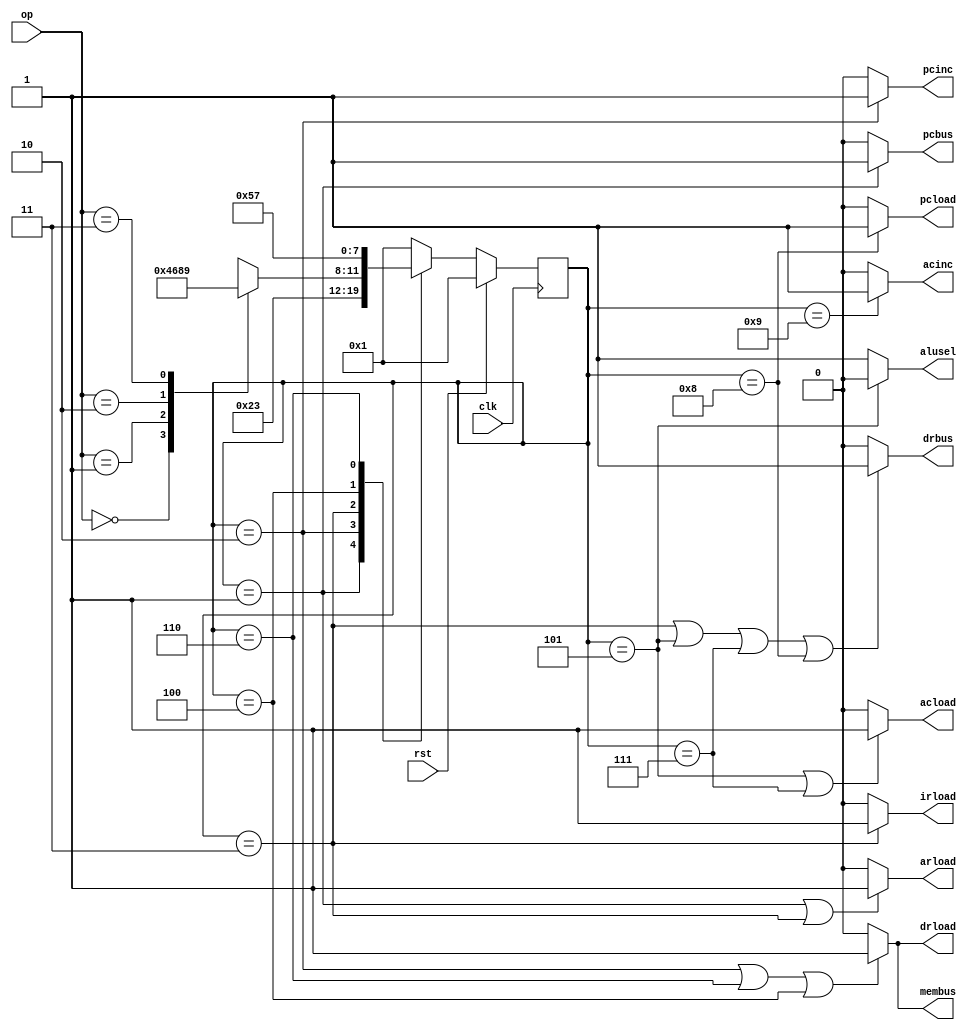
`define FETCH1 1
`define FETCH2 2
`define FETCH3 3
`define ADD1 4
`define ADD2 5
`define AND1 6
`define AND2 7
`define JMP1 8
`define INC1 9
`define OP_ADD 2'd0
`define OP_AND 2'd1
`define OP_JMP 2'd2
`define OP_INC 2'd3

module controller(clk,rst,op,
  membus,
  arload,
  pcload,pcinc,pcbus,
  drload,drbus,
  alusel,
  acload,acinc,
  irload);
  
  input clk,rst;
  input [1:0] op;
  
  output membus,
  arload,
  pcload,pcinc,pcbus,
  drload,drbus,
  alusel,
  acload,acinc,
  irload;
 
  
  reg [3:0] state,nstate;
  
  assign membus = (state == `FETCH2 || state == `AND1 || state == `ADD1)?1:0;
  assign arload = (state == `FETCH1 || state == `FETCH3 )?1:0;
  assign pcload = (state == `JMP1 )?1:0;
  assign pcinc = (state == `FETCH2 )?1:0;
  assign pcbus= (state == `FETCH1 )?1:0;
  assign drload= (state == `FETCH2 || state == `AND1 || state == `ADD1)?1:0;
  assign drbus = (state == `FETCH3 || state == `ADD2 || state == `AND2|| state == `JMP1)?1:0;
  assign alusel = (state == `ADD2 )?0:1;
  assign acload = (state == `ADD2 || state == `AND2)?1:0;
  assign acinc = (state == `INC1)?1:0;
  assign irload = (state == `FETCH3 )?1:0;
  
  always @(posedge clk)
  begin
    if(rst)
      state = `FETCH1;
    else
      state = nstate;
  end
  
  always @(state )
  begin
    case(state)
      `FETCH1:  nstate = `FETCH2;
      `FETCH2:  nstate = `FETCH3;
      `FETCH3:  
        begin
          case(op)
            `OP_ADD:  nstate = `ADD1;
            `OP_AND:  nstate = `AND1;
            `OP_JMP:  nstate = `JMP1;
            `OP_INC:  nstate = `INC1;
            default: nstate = `FETCH1;
          endcase
         end

      `ADD1:  nstate = `ADD2;
      `ADD2:  nstate = `FETCH1;
      `AND1:  nstate = `AND2;
      `AND2:  nstate = `FETCH1;
      `JMP1:  nstate = `FETCH1;
      `INC1:  nstate = `FETCH1;
      default:  nstate = `FETCH1;
    endcase
  end
    
endmodule